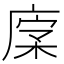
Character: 𢉹